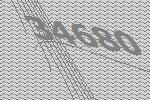
34680